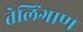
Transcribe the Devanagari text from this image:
तेलिंगाण